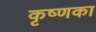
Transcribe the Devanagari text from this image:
कृष्णका